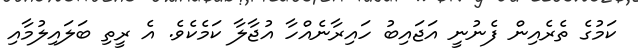
ކަމުގެ ތެރެއިން ފެނުނީ އަޖައިބު ހައިރާނެއްހާ އުޖާލާ ކަމެކެވެ. އެ ރީތި ބަލައިލުމާއި